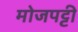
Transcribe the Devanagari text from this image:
मोजपट्टी